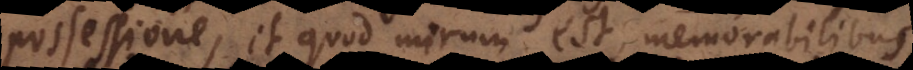
possessione, et quod mirum est memorabilibus